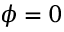
\phi = 0